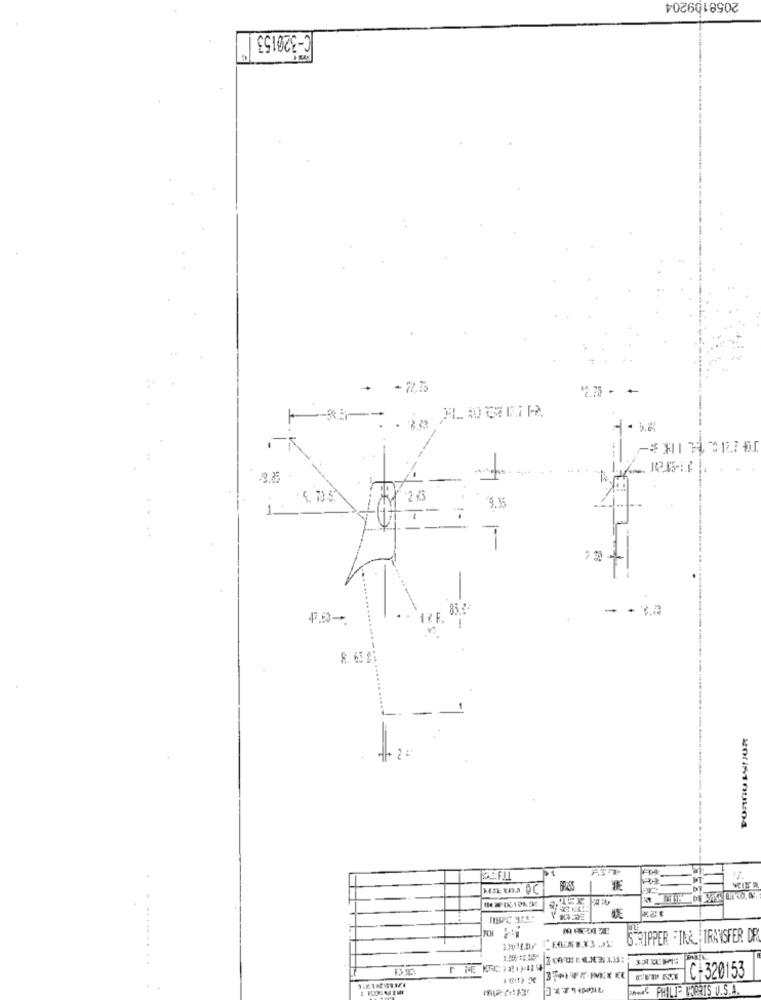
2058109204
ESLOZE-3
· - 72.75
12.78 - +
9.35
--
+
47.53-
1 .F. 83
----
6.RIPPER = IN& TRANSFER DR
. .........
C-320153
PNG PHILIP PRIS V.S.A.